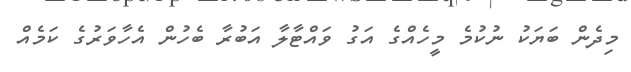
މިދެން ބަޔަކު ނުކުމެ މީހެއްގެ އަގު ވައްޓާލާ އަބުރާ ބެހުން އެހާވަރުގެ ކަމެއް